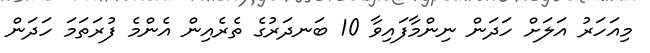
މިއަހަރު އަލަށް ހަދަން ނިންމާފައިވާ 10 ބަނދަރުގެ ތެރެއިން އެންމެ ފުރަތަމަ ހަދަން